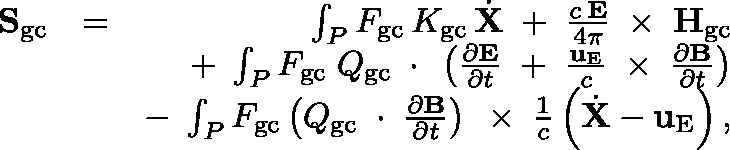
\begin{array} { r l r } { { \bf S } _ { \mathrm { g c } } } & { = } & { \int _ { P } F _ { \mathrm { g c } } \, K _ { \mathrm { g c } } \, \dot { \bf X } \; + \; \frac { c \, { \bf E } } { 4 \pi } \, \mathrm { \boldmath ~ \times ~ } \, { \bf H } _ { \mathrm { g c } } } \\ & { } & { + \; \int _ { P } F _ { \mathrm { g c } } \; \mathbb { Q } _ { \mathrm { g c } } \, \mathrm { \boldmath ~ \cdot ~ } \, \left( \frac { \partial \bf E } { \partial t } \; + \; \frac { { \bf u } _ { \mathrm { E } } } { c } \, \mathrm { \boldmath ~ \times ~ } \, \frac { \partial \bf B } { \partial t } \right) } \\ & { } & { - \; \int _ { P } F _ { \mathrm { g c } } \left( \mathbb { Q } _ { \mathrm { g c } } \, \mathrm { \boldmath ~ \cdot ~ } \, \frac { \partial \bf B } { \partial t } \right) \, \mathrm { \boldmath ~ \times ~ } \, \frac { 1 } { c } \left( \dot { \bf X } - { \bf u } _ { \mathrm { E } } \right) , } \end{array}